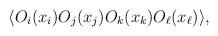
LaTeX: \begin{align*}\langle O_i(x_i)O_j(x_j)O_k(x_k)O_{\ell}(x_{\ell})\rangle,\end{align*}